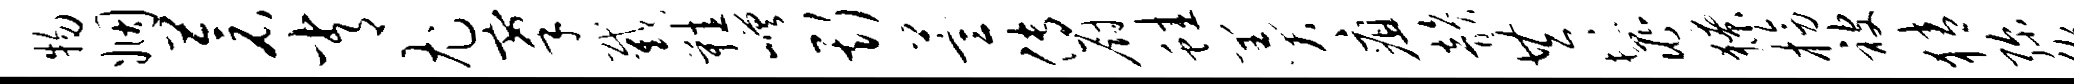
物姻苍常尤搴截鞋嵯斯萱传厨蛙羹疽韵共鬣獠榜被猜弥腕